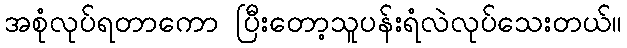
အစုံလုပ်ရတာကော ပြီးတော့သူပန်းရံလဲလုပ်သေးတယ်။